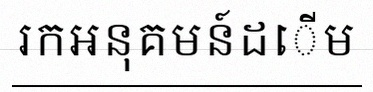
រកអនុគមន៍ដើម